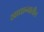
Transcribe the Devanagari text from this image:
खाद्यान्नातील